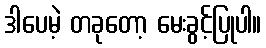
ဒါပေမဲ့ တခုတော့ မေးခွင့်ပြုပါ။